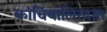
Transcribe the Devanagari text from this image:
कांचियालिरदात